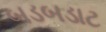
બડબડાટ